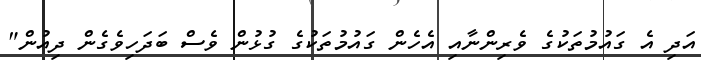
އަދި އެ ގައުމުތަކުގެ ވެރިންނާއި އެހެން ގައުމުތަކުގެ ގުޅުން ވެސް ބަދަހިވެގެން ދިއުން"